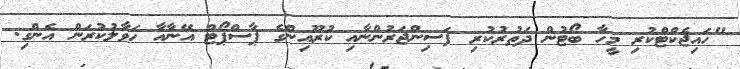
"ހައިޖެކްޓްކުރި މީހާ ބޯޓުން ދަތުރުކުރި ފަސިންޖަރުންނާއި ކުރޫއިންގެ ޕާސްޕޯޓް އޭނާއާ ހަވާލުކުރަން އެންގި.